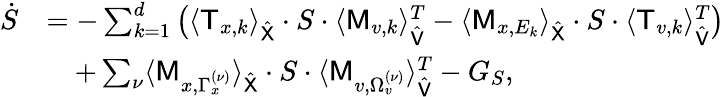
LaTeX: \begin{array}{rl}{\dot{S}}&{=-\sum_{k=1}^{d}\big(\langle\mathsf T_{x,k}\rangle_{\hat{\mathsf X}}\cdot S\cdot\langle\mathsf M_{v,k}\rangle_{\hat{\mathsf V}}^{T}-\langle\mathsf M_{x,E_{k}}\rangle_{\hat{\mathsf X}}\cdot S\cdot\langle\mathsf T_{v,k}\rangle_{\hat{\mathsf V}}^{T}\big)}\\ &{\quad+\sum_{\nu}\langle\mathsf M_{x,\Gamma_{x}^{(\nu)}}\rangle_{\hat{\mathsf X}}\cdot S\cdot\langle\mathsf M_{v,\Omega_{v}^{(\nu)}}\rangle_{\hat{\mathsf V}}^{T}-G_{S},}\end{array}